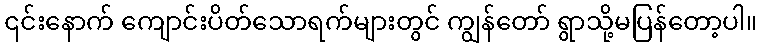
၎င်းနောက် ကျောင်းပိတ်သောရက်များတွင် ကျွန်တော် ရွာသို့မပြန်တော့ပါ။